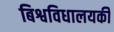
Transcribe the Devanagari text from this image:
बिश्वविधालयकी